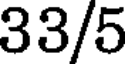
33/5